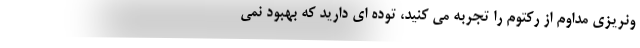
ونریزی مداوم از رکتوم را تجربه می کنید، توده ای دارید که بهبود نمی